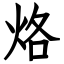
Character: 烙